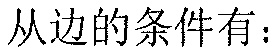
从边的条件有：